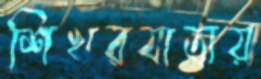
শিখরযাত্রায়